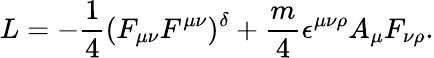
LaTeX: L=-\frac{1}{4}(F_{\mu\nu}F^{\mu\nu})^{\delta}+\frac{m}{4}\epsilon^{\mu\nu\rho}A_{\mu}F_{\nu\rho}.